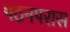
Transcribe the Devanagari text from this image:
पठनपरास